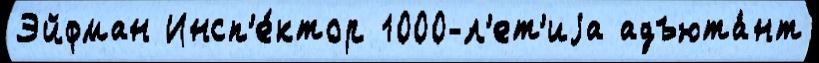
Эйфман Инсп'е́ктор 1000-л'ет'иjа адъюта́нт